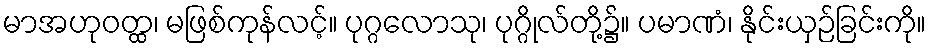
မာအဟုဝတ္ထ၊ မဖြစ်ကုန်လင့်။ ပုဂ္ဂလောသု၊ ပုဂ္ဂိုလ်တို့၌။ ပမာဏံ၊ နိုင်းယှဉ်ခြင်းကို။